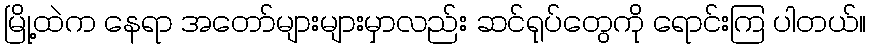
မြို့ထဲက နေရာ အတော်များများမှာလည်း ဆင်ရုပ်တွေကို ရောင်းကြ ပါတယ်။